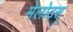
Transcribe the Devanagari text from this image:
मेलोटस